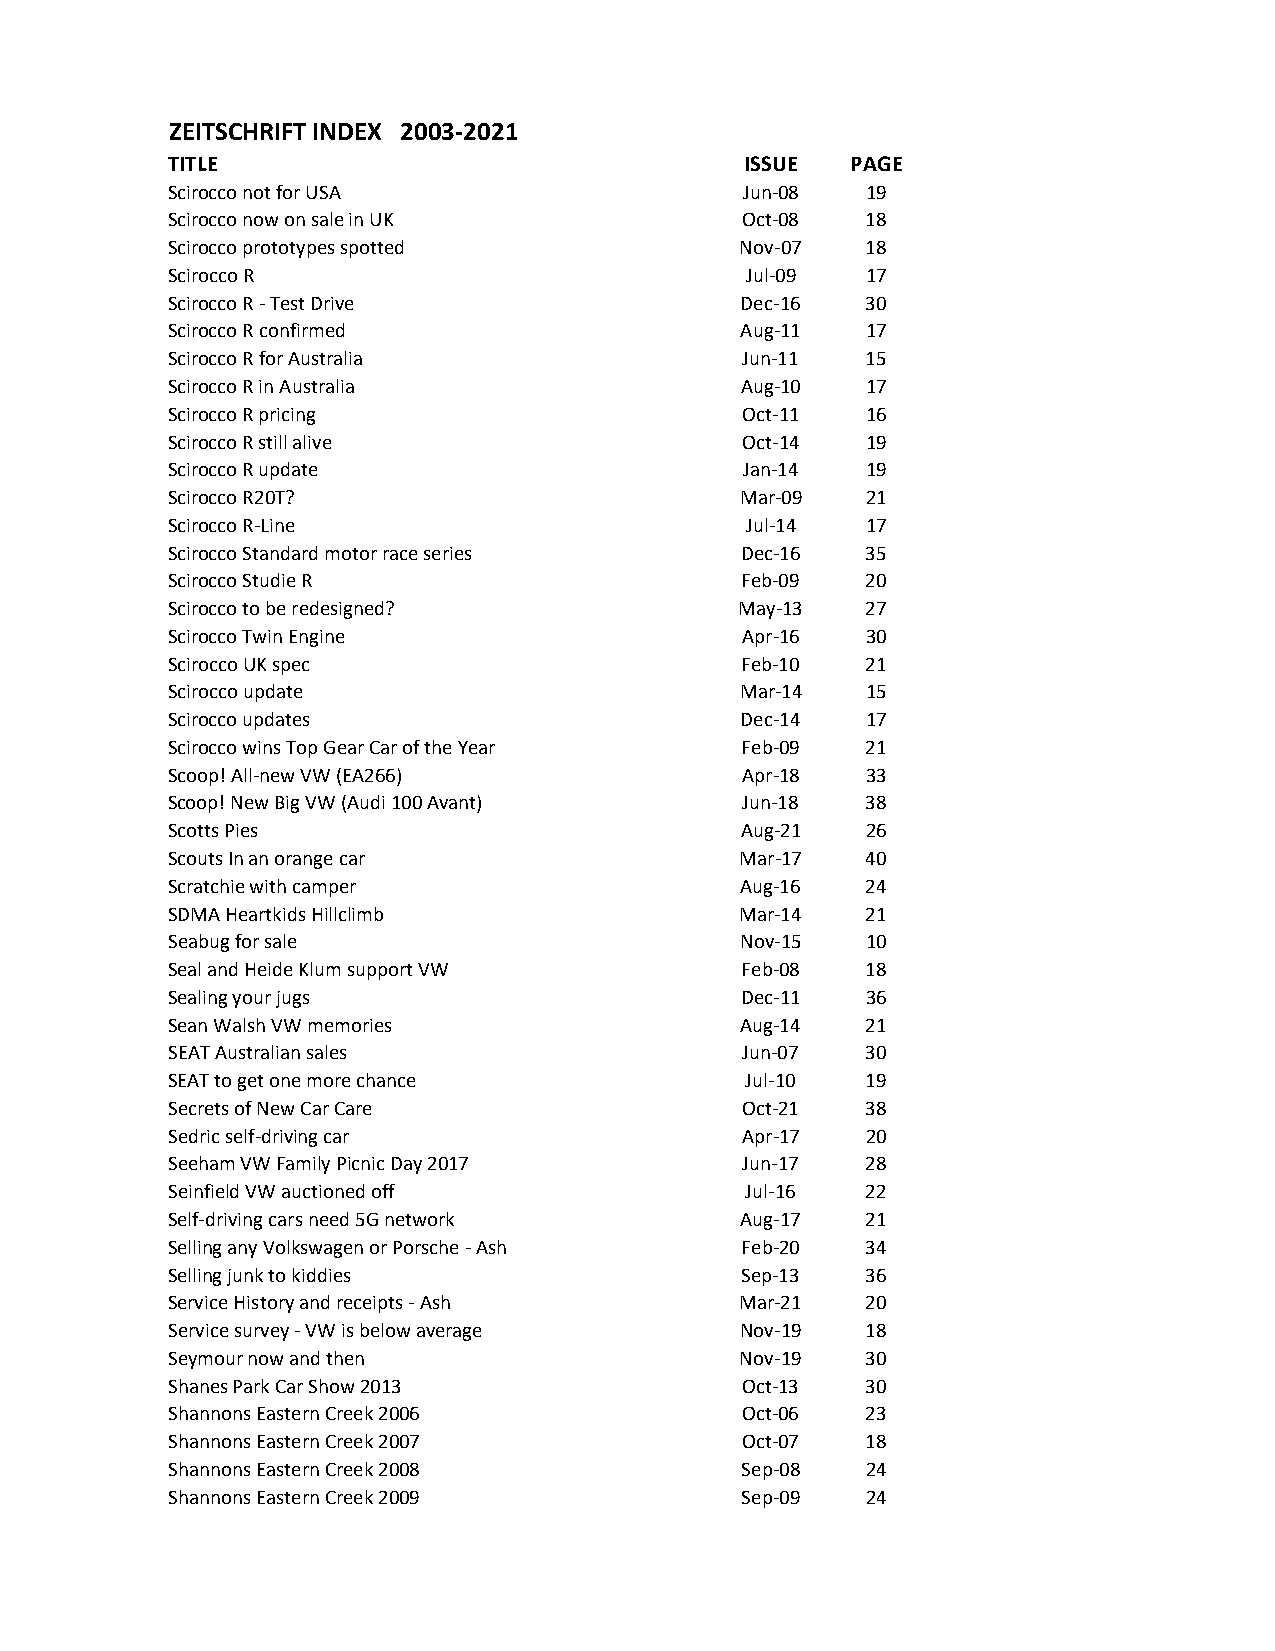
ZEITSCHRIFT INDEX 2003-2021
 TITLE                                 ISSUE  PAGE
 Scirocco not for USA                  Jun-08  19
 Scirocco now on sale in UK            Oct-08  18
 Scirocco prototypes spotted           Nov-07  18
 Scirocco R                            Jul-09  17
 Scirocco R - Test Drive               Dec-16  30
 Scirocco R confirmed                  Aug-11  17
 Scirocco R for Australia              Jun-11  15
 Scirocco R in Australia               Aug-10  17
 Scirocco R pricing                    Oct-11  16
 Scirocco R still alive                Oct-14  19
 Scirocco R update                     Jan-14  19
 Scirocco R20T?                        Mar-09  21
 Scirocco R-Line                       Jul-14  17
 Scirocco Standard motor race series   Dec-16  35
 Scirocco Studie R                     Feb-09  20
 Scirocco to be redesigned?            May-13  27
 Scirocco Twin Engine                  Apr-16  30
 Scirocco UK spec                      Feb-10  21
 Scirocco update                       Mar-14  15
 Scirocco updates                      Dec-14  17
 Scirocco wins Top Gear Car of the Year Feb-09 21
 Scoop! All-new VW (EA266)             Apr-18  33
 Scoop! New Big VW (Audi 100 Avant)    Jun-18  38
 Scotts Pies                           Aug-21  26
 Scouts In an orange car               Mar-17  40
 Scratchie with camper                 Aug-16  24
 SDMA Heartkids Hillclimb              Mar-14  21
 Seabug for sale                       Nov-15  10
 Seal and Heide Klum support VW        Feb-08  18
 Sealing your jugs                     Dec-11  36
 Sean Walsh VW memories                Aug-14  21
 SEAT Australian sales                 Jun-07  30
 SEAT to get one more chance           Jul-10  19
 Secrets of New Car Care               Oct-21  38
 Sedric self-driving car               Apr-17  20
 Seeham VW Family Picnic Day 2017      Jun-17  28
 Seinfield VW auctioned off            Jul-16  22
 Self-driving cars need 5G network     Aug-17  21
 Selling any Volkswagen or Porsche - Ash Feb-20 34
 Selling junk to kiddies               Sep-13  36
 Service History and receipts - Ash    Mar-21  20
 Service survey - VW is below average  Nov-19  18
 Seymour now and then                  Nov-19  30
 Shanes Park Car Show 2013             Oct-13  30
 Shannons Eastern Creek 2006           Oct-06  23
 Shannons Eastern Creek 2007           Oct-07  18
 Shannons Eastern Creek 2008           Sep-08  24
 Shannons Eastern Creek 2009           Sep-09  24